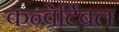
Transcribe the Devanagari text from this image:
कन्वेर्टिबल